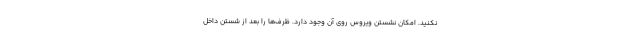
نکنید. امکان نشستن ویروس روی آن وجود دارد. ظرف‌ها را بعد از شستن داخل